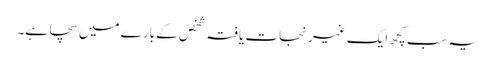
یہ سب کچھ ایک غیرنجات یافتہ شخص کے بارے میں سچا ہے۔